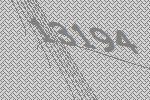
13194